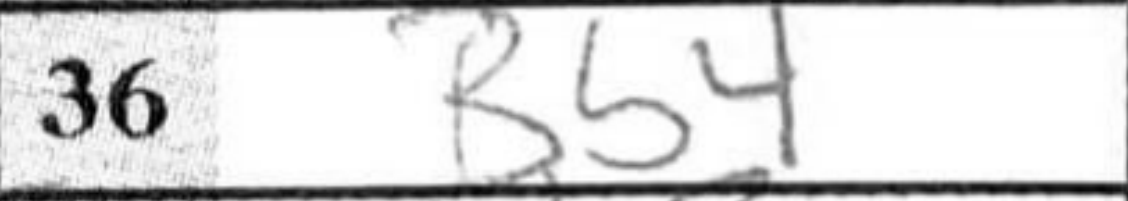
Transcription: Bb4